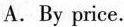
A. By pioe.